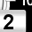
Digit: 2